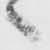
々